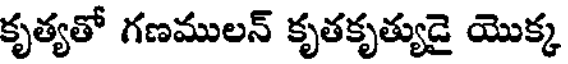
కృత్యతో గణములన్ కృతకృత్యుడై యొక్క